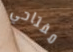
مفتاحي